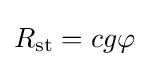
R_{\rm {st}}=cg\varphi